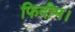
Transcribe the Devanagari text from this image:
फिदीम।